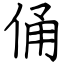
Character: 俑